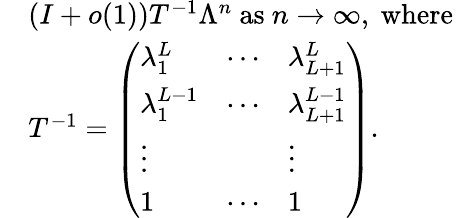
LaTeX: \begin{array}{rl}&{(I+o(1))T^{-1}\Lambda^{n}\mathrm{~as~}n\to\infty,\mathrm{~where~}}\\ &{T^{-1}=\left(\begin{array}{lll}{\lambda_{1}^{L}}&{\cdots}&{\lambda_{L+1}^{L}}\\ {\lambda_{1}^{L-1}}&{\cdots}&{\lambda_{L+1}^{L-1}}\\ {\vdots}&&{\vdots}\\ {1}&{\cdots}&{1}\end{array}\right).}\end{array}